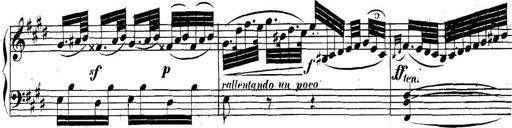
Title: Collected Piano Sonatas
Composer: Muzio Clementi